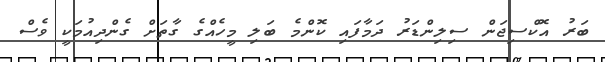
ބަރު އޮކްސިޖަން ސިލިންޑަރު ދަމާފައި ކޮންމެ ބަލި މީހެއްގެ ގާތަށް ގެންދިއުމަކީ ވެސް